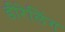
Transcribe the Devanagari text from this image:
डीरेलिंग